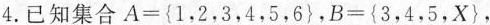
4.已知集合$$A={1，2，3，4，5，6}$$，$$B={3，4，5，X}$$，